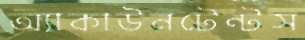
অ্যাকাউনটেন্টস